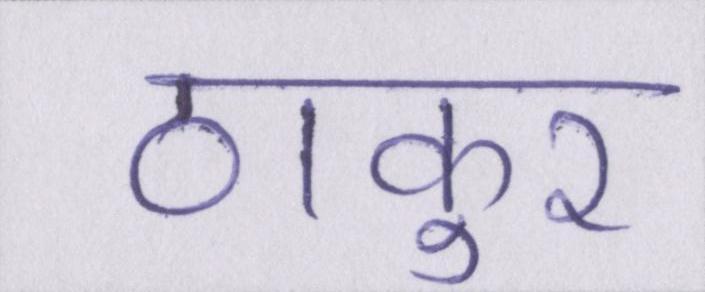
ठाकुर